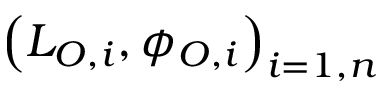
\left( L _ { O , i } , \phi _ { O , i } \right) _ { i = 1 , n }